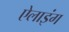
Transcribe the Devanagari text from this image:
ऐलाइंग